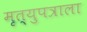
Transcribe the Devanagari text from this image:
मृत्युपत्राला